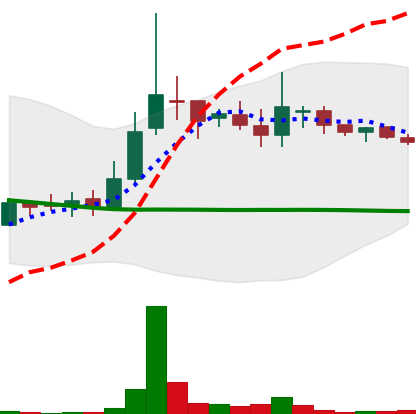
Ticker: LINK-USD
Chart end date: 2018-10-02
Forward return: 5.148%
Label: up_5_7